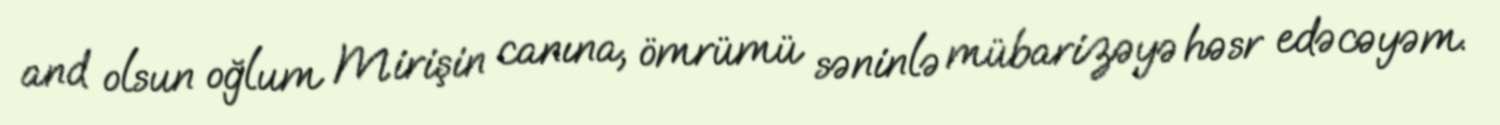
and olsun oğlum Mirişin canına, ömrümü səninlə mübarizəyə həsr edəcəyəm.